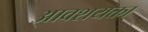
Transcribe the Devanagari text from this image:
आवशयक्ता